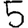
Digit: 5